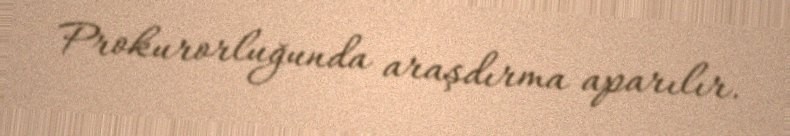
Prokurorluğunda araşdırma aparılır.